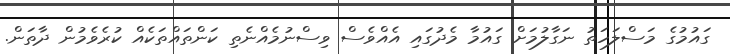
ގައުމުގެ މަސްލަހަތު ނަގާލުމަށް ގައުމާ މެދުގައި އެއްވެސް ވިސްނުމެއްނެތި ކަންތައްތަކެއް ކުރެވެމުން ދާތަން.